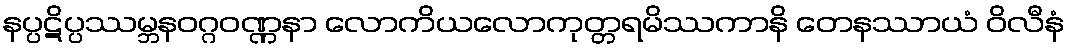
နပ္ပဋိပ္ပဿမ္ဘနဝဂ္ဂဝဏ္ဏနာ လောကိယလောကုတ္တရမိဿကာနိ တေနဿာယံ ဝိလီနံ